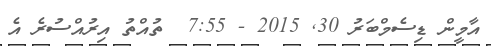
އާމީން ޑިސެމްބަރު 30